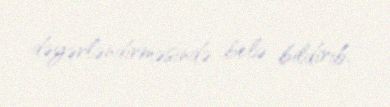
dəyərləndirməsində belə bildirib.